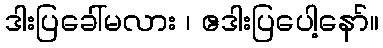
ဒါးပြခေါ်မလား ၊ ဧဒါးပြပေါ့နော်။